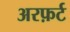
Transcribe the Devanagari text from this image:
अरफ़र्ट